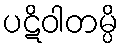
ပဋိဝါတမ္ပိ